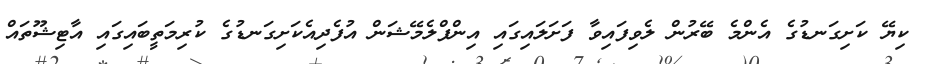
ކިޔޭ ކަށިގަނޑުގެ އެންމެ ބޭރުން ލެވިފައިވާ ފަށަލައިގައި އިންފްލެމޭޝަން އުފެދިއެކަށިގަނޑުގެ ކުރިމަތީބައިގައި އާޓިޝޫތައް